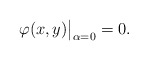
\begin{align*}\varphi(x,y)\big|_{\alpha=0}=0.\end{align*}